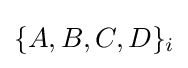
\{A,B,C,D\}_{i}